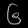
Digit: ၆